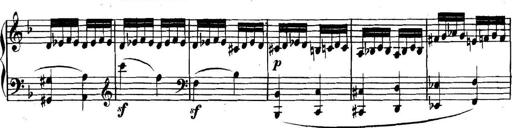
Title: Collected Piano Sonatas
Composer: Muzio Clementi